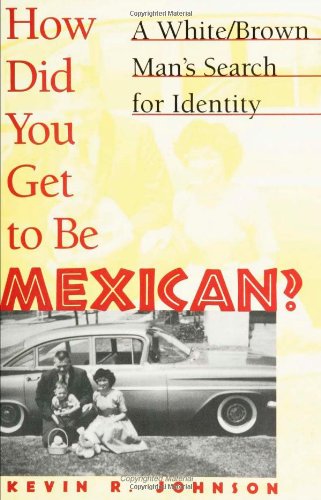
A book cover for How Did You Get To Be Mexican; Kevin Johnson; Biographies & Memoirs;